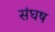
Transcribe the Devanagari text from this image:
संघष